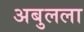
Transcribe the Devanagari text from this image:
अबुलला